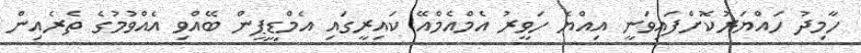
ހާމިދު ހައްޔަރުކޮށްފައިވަނީ އިއްޔެ ހަވީރު އެމްއެމްއޭ ކައިރީގައި އެމްޑީޕީން ބޭއްވި އެއްވުމުގެ ތެރެއިން